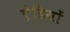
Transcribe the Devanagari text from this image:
ऐडियों